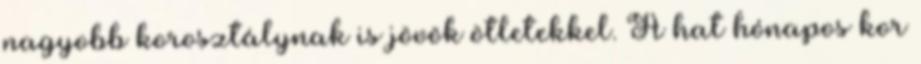
nagyobb korosztálynak is jövök ötletekkel. A hat hónapos kor